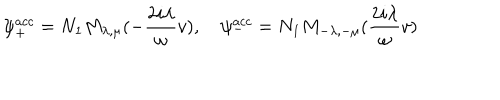
LaTeX: \psi _ { + } ^ { a c c } = N _ { 1 } M _ { \lambda , \mu } ( - \frac { 2 i \lambda } { \omega } v ) , \quad \psi _ { - } ^ { a c c } = N _ { 1 } M _ { - \lambda , - \mu } ( \frac { 2 i \lambda } { \omega } v )